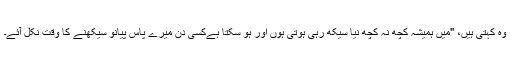
وہ کہتی ہیں، "میں ہمیشہ کچھ نہ کچھ نیا سیکھ رہی ہوتی ہوں اور ہو سکتا ہےکسی دن میرے پاس پیانو سیکھنے کا وقت نکل آئے۔